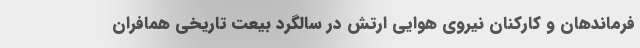
فرماندهان و کارکنان نیروی هوایی ارتش در سالگرد بیعت تاریخی همافران